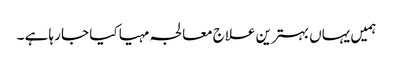
ہمیں یہاں بہترین علاج معالجہ مہیا کیا جا رہا ہے ۔